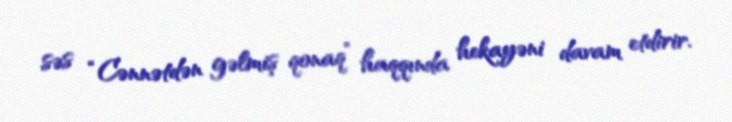
səs “Cənnətdən gəlmiş qonaq” haqqında hekayəni davam etdirir.